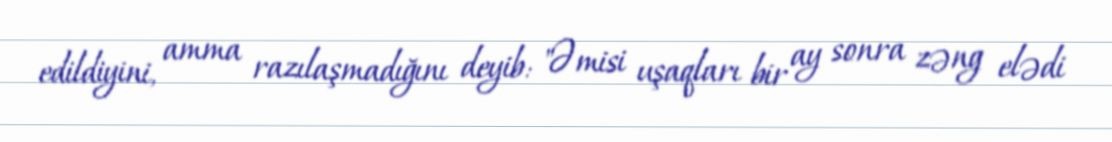
edildiyini, amma razılaşmadığını deyib: "Əmisi uşaqları bir ay sonra zəng elədi